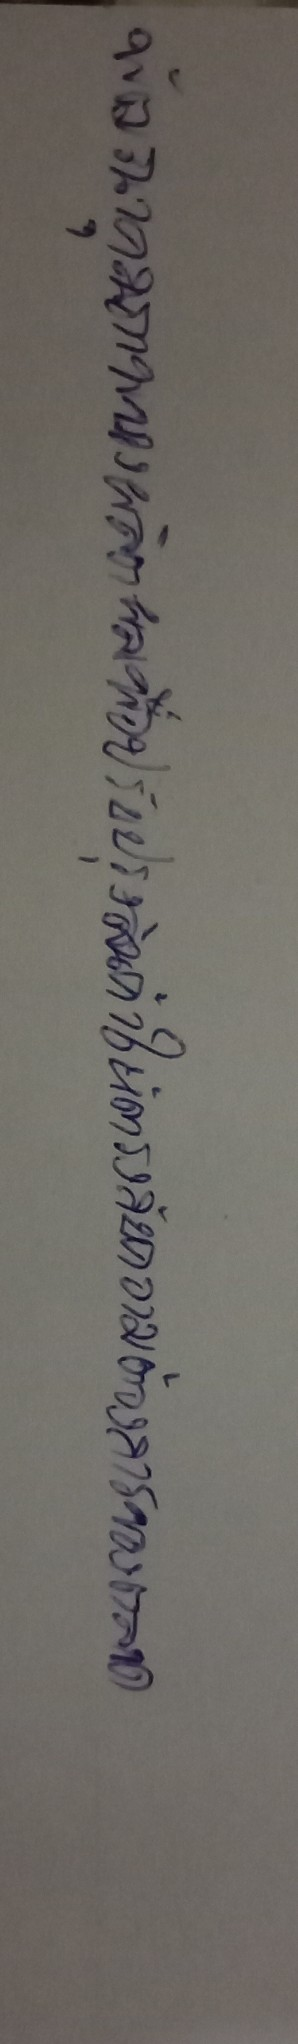
พัฒนาคุณภาพของผลิตผลเพื่อปรับปรุงสินค้าให้ตรงกับความต้องการของตลาด